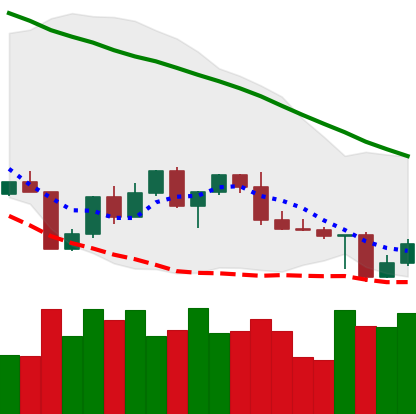
Ticker: LTC-USD
Chart end date: 2022-04-28
Forward return: -3.852%
Label: down_3_5